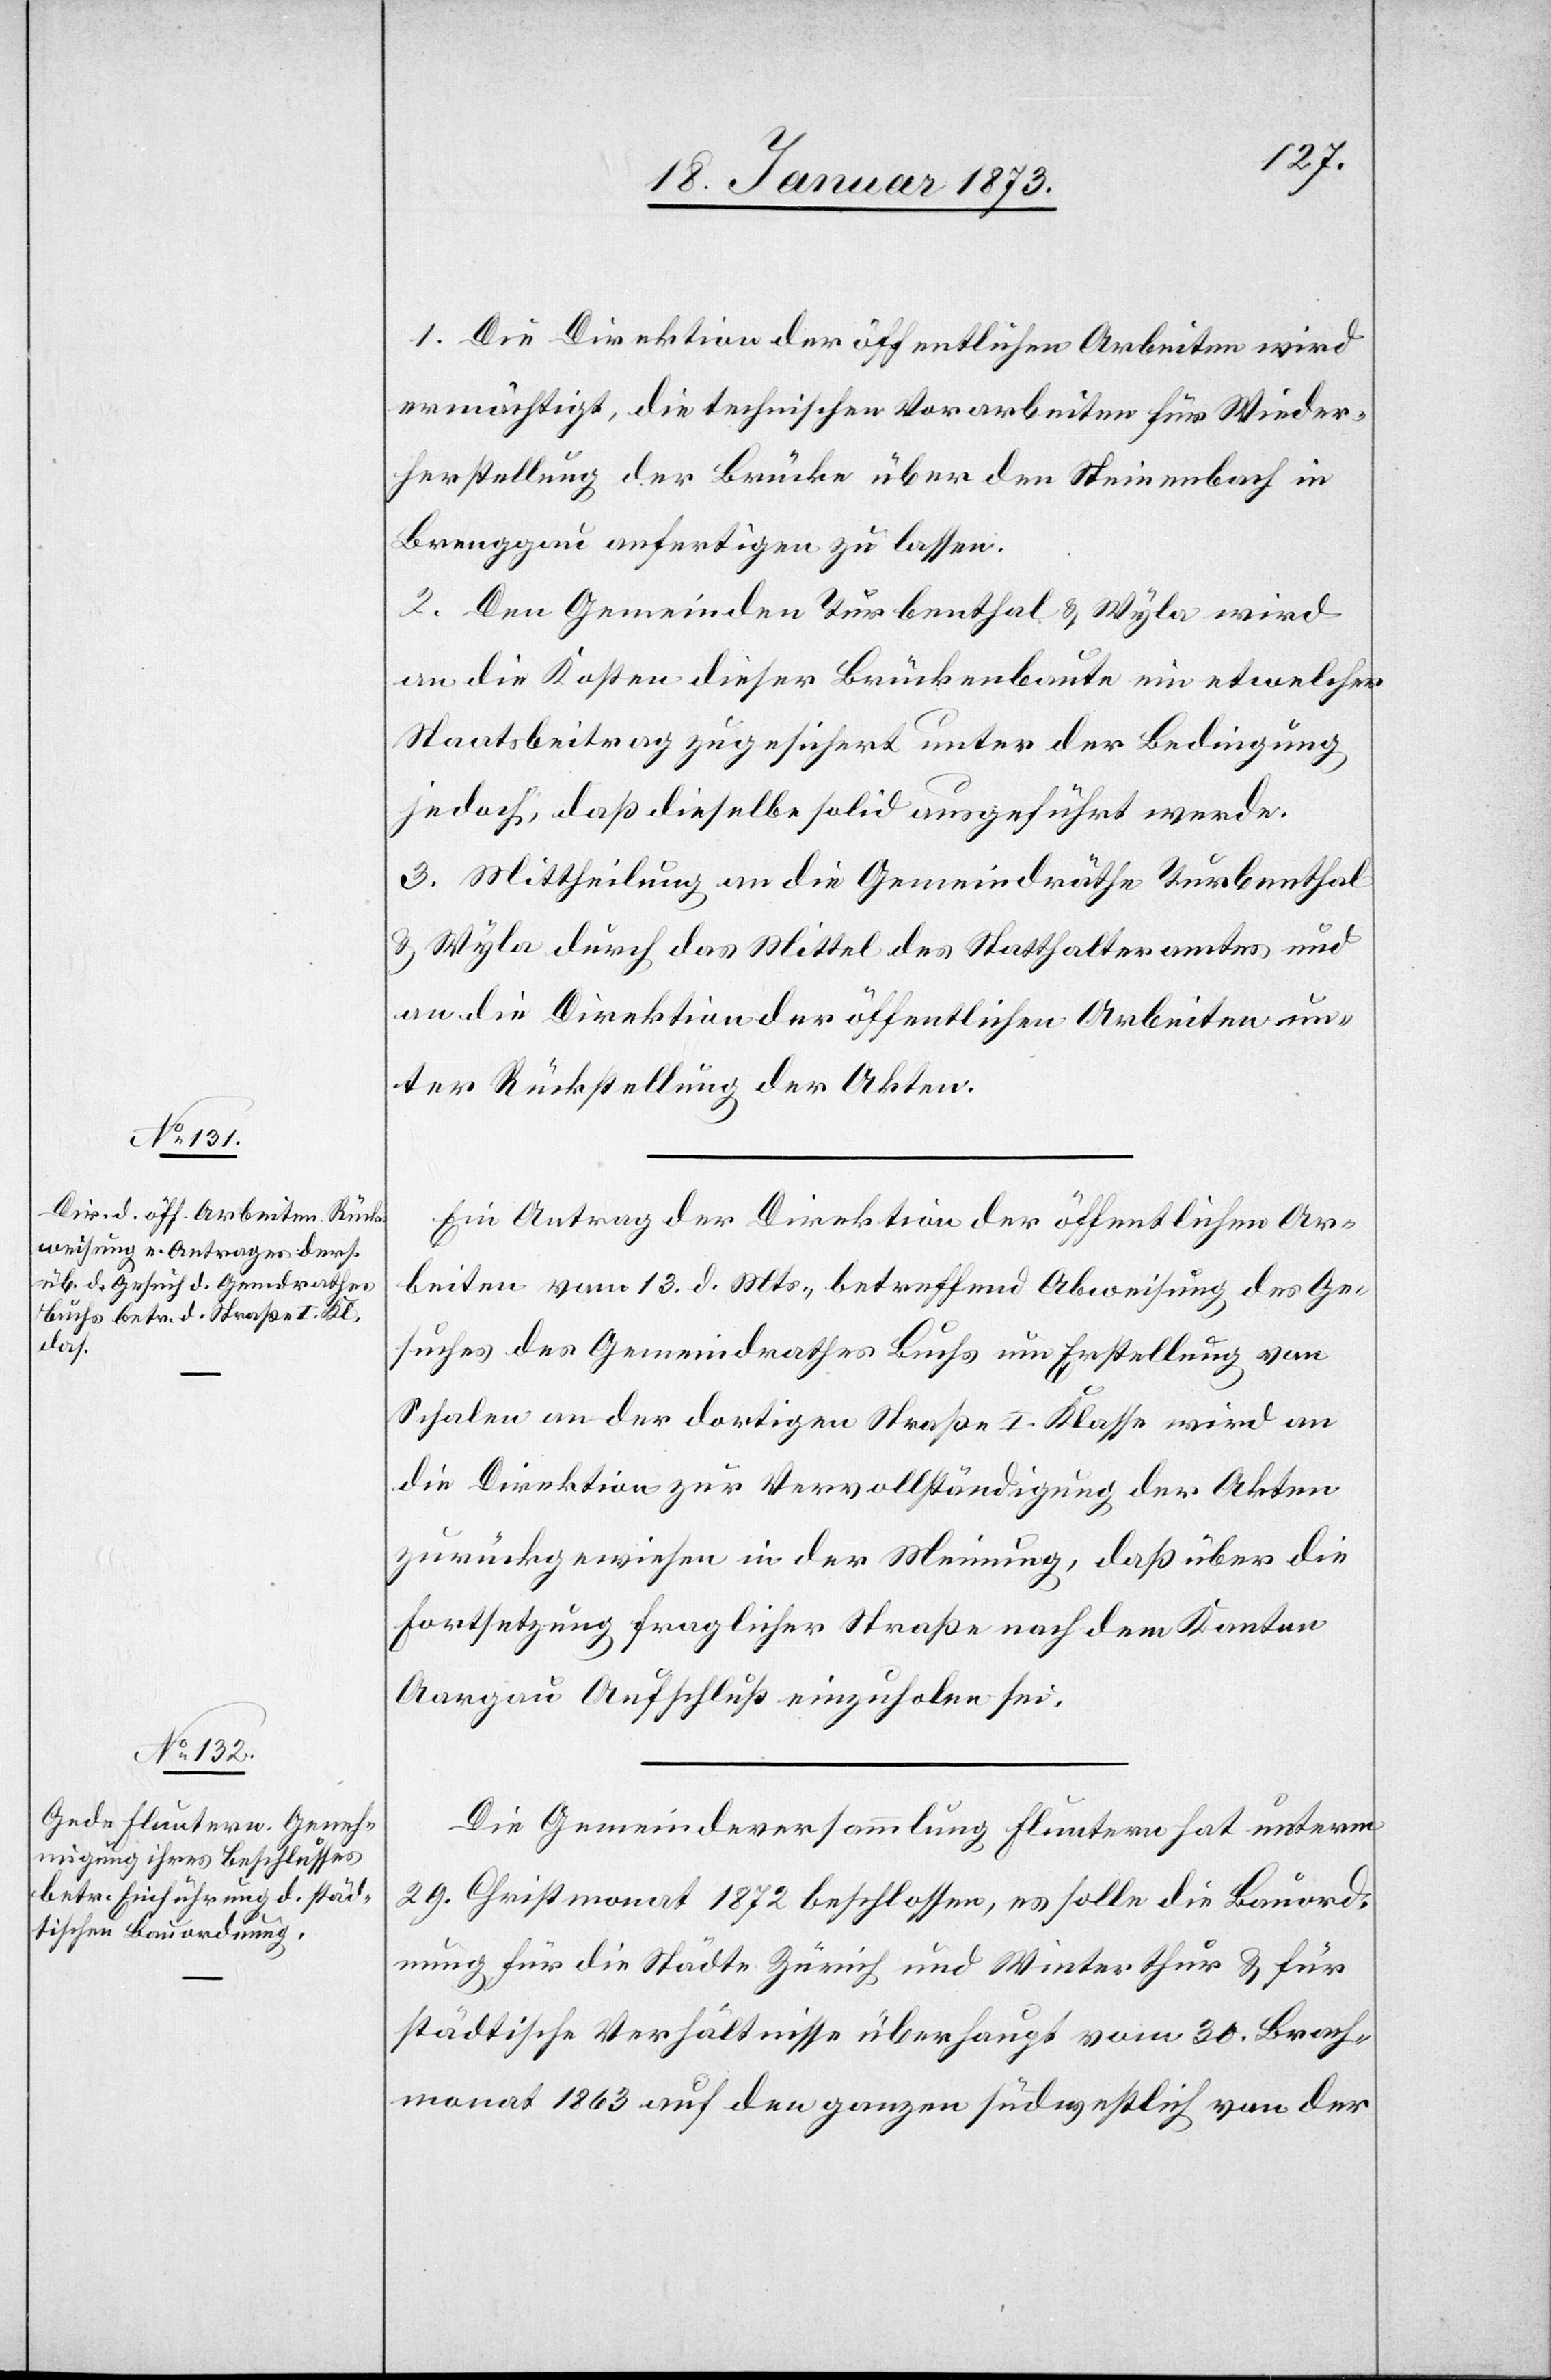
1. Die Direktion der öffentlichen Arbeiten wird
ermächtigt, die technischen Vorarbeiten für Wieder¬
herstellung der Brücke über den Steinenbach in
Brenggau anfertigen zu lassen.
2. Den Gemeinden Turbenthal u. Wyla wird
an die Kosten dieser Brückenbaute ein etwelcher
Staatsbeitrag zugesichert unter der Bedingung
jedoch, daß dieselbe solid ausgeführt werde.
3. Mittheilung an die Gemeindräthe Turbenthal
u. Wyla durch das Mittel des Statthalteramtes und
an die Direktion der öffentlichen Arbeiten un¬
ter Rückstellung der Akten.
Ein Antrag der Direktion der öffentlichen Ar¬
beiten vom 13. d. Mts., betreffend Abweisung des Ge¬
suches des Gemeindrathes Buchs um Erstellung von
Schalen an der dortigen Straße I. Klasse wird an
die Direktion zur Vervollständigung der Akten
zurückgewiesen in der Meinung, daß über die
Fortsetzung fraglicher Straße nach dem Kanton
Aargau Aufschluß einzuholen sei.
Die Gemeindeversammlung Fluntern hat unterm
29. Christmonat 1872 beschlossen, es solle die Bauord¬
nung für die Städte Zürich und Winterthur u. für
städtische Verhältnisse überhaupt vom 30. Brach¬
monat 1863 auf den ganzen südwestlich von der